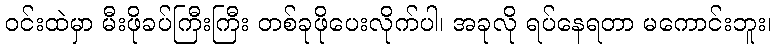
ဝင်းထဲမှာ မီးဖိုခပ်ကြီးကြီး တစ်ခုဖိုပေးလိုက်ပါ၊ အခုလို ရပ်နေရတာ မကောင်းဘူး၊